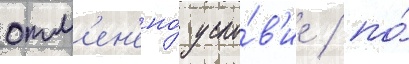
отм'ен'ено́ усло́в'ие / по́